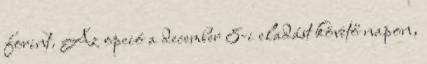
forint. Az opció a december 8-i eladást követő napon,